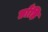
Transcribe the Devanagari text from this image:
छाँड़ि